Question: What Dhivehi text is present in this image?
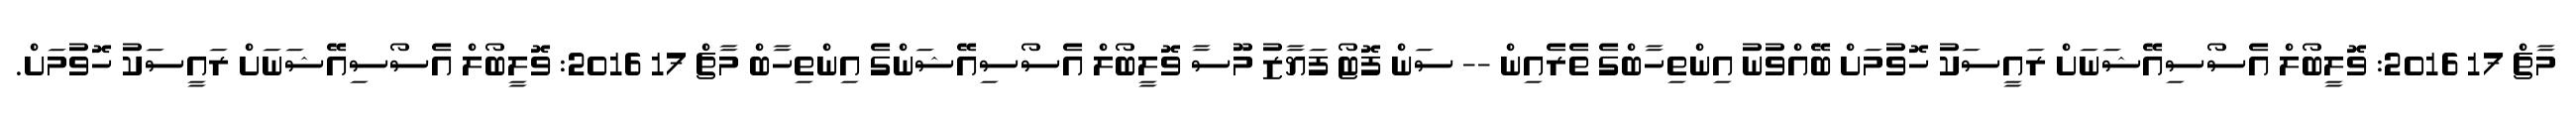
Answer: މާޗް 17 2016: ވޮލީބޯލް އެސޯސިއޭޝަނަށް ރައީސަކު ހޮވުމަށް ބޭއްވުނު އިންތިހާބްގެ ތެރެއިން -- ސަން ފޮޓޯ ފަޔާޒު މޫސާ ވޮލީބޯލް އެސޯސިއޭޝަންގެ އިންތިހާބް މާޗް 17 2016: ވޮލީބޯލް އެސޯސިއޭޝަނަށް ރައީސަކު ހޮވުމަށް.